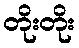
တိုးတိုး